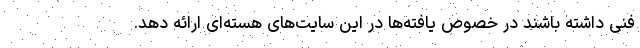
فنی داشته باشند در خصوص یافته‌ها در این سایت‌های هسته‌ای ارائه دهد.